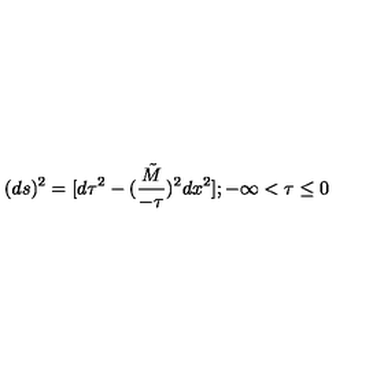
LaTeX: ( d s ) ^ { 2 } = [ d \tau ^ { 2 } - ( { \frac { \tilde { M } } { - \tau } } ) ^ { 2 } d x ^ { 2 } ] ; - \infty < \tau \le 0